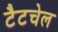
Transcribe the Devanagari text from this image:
टैटचेल